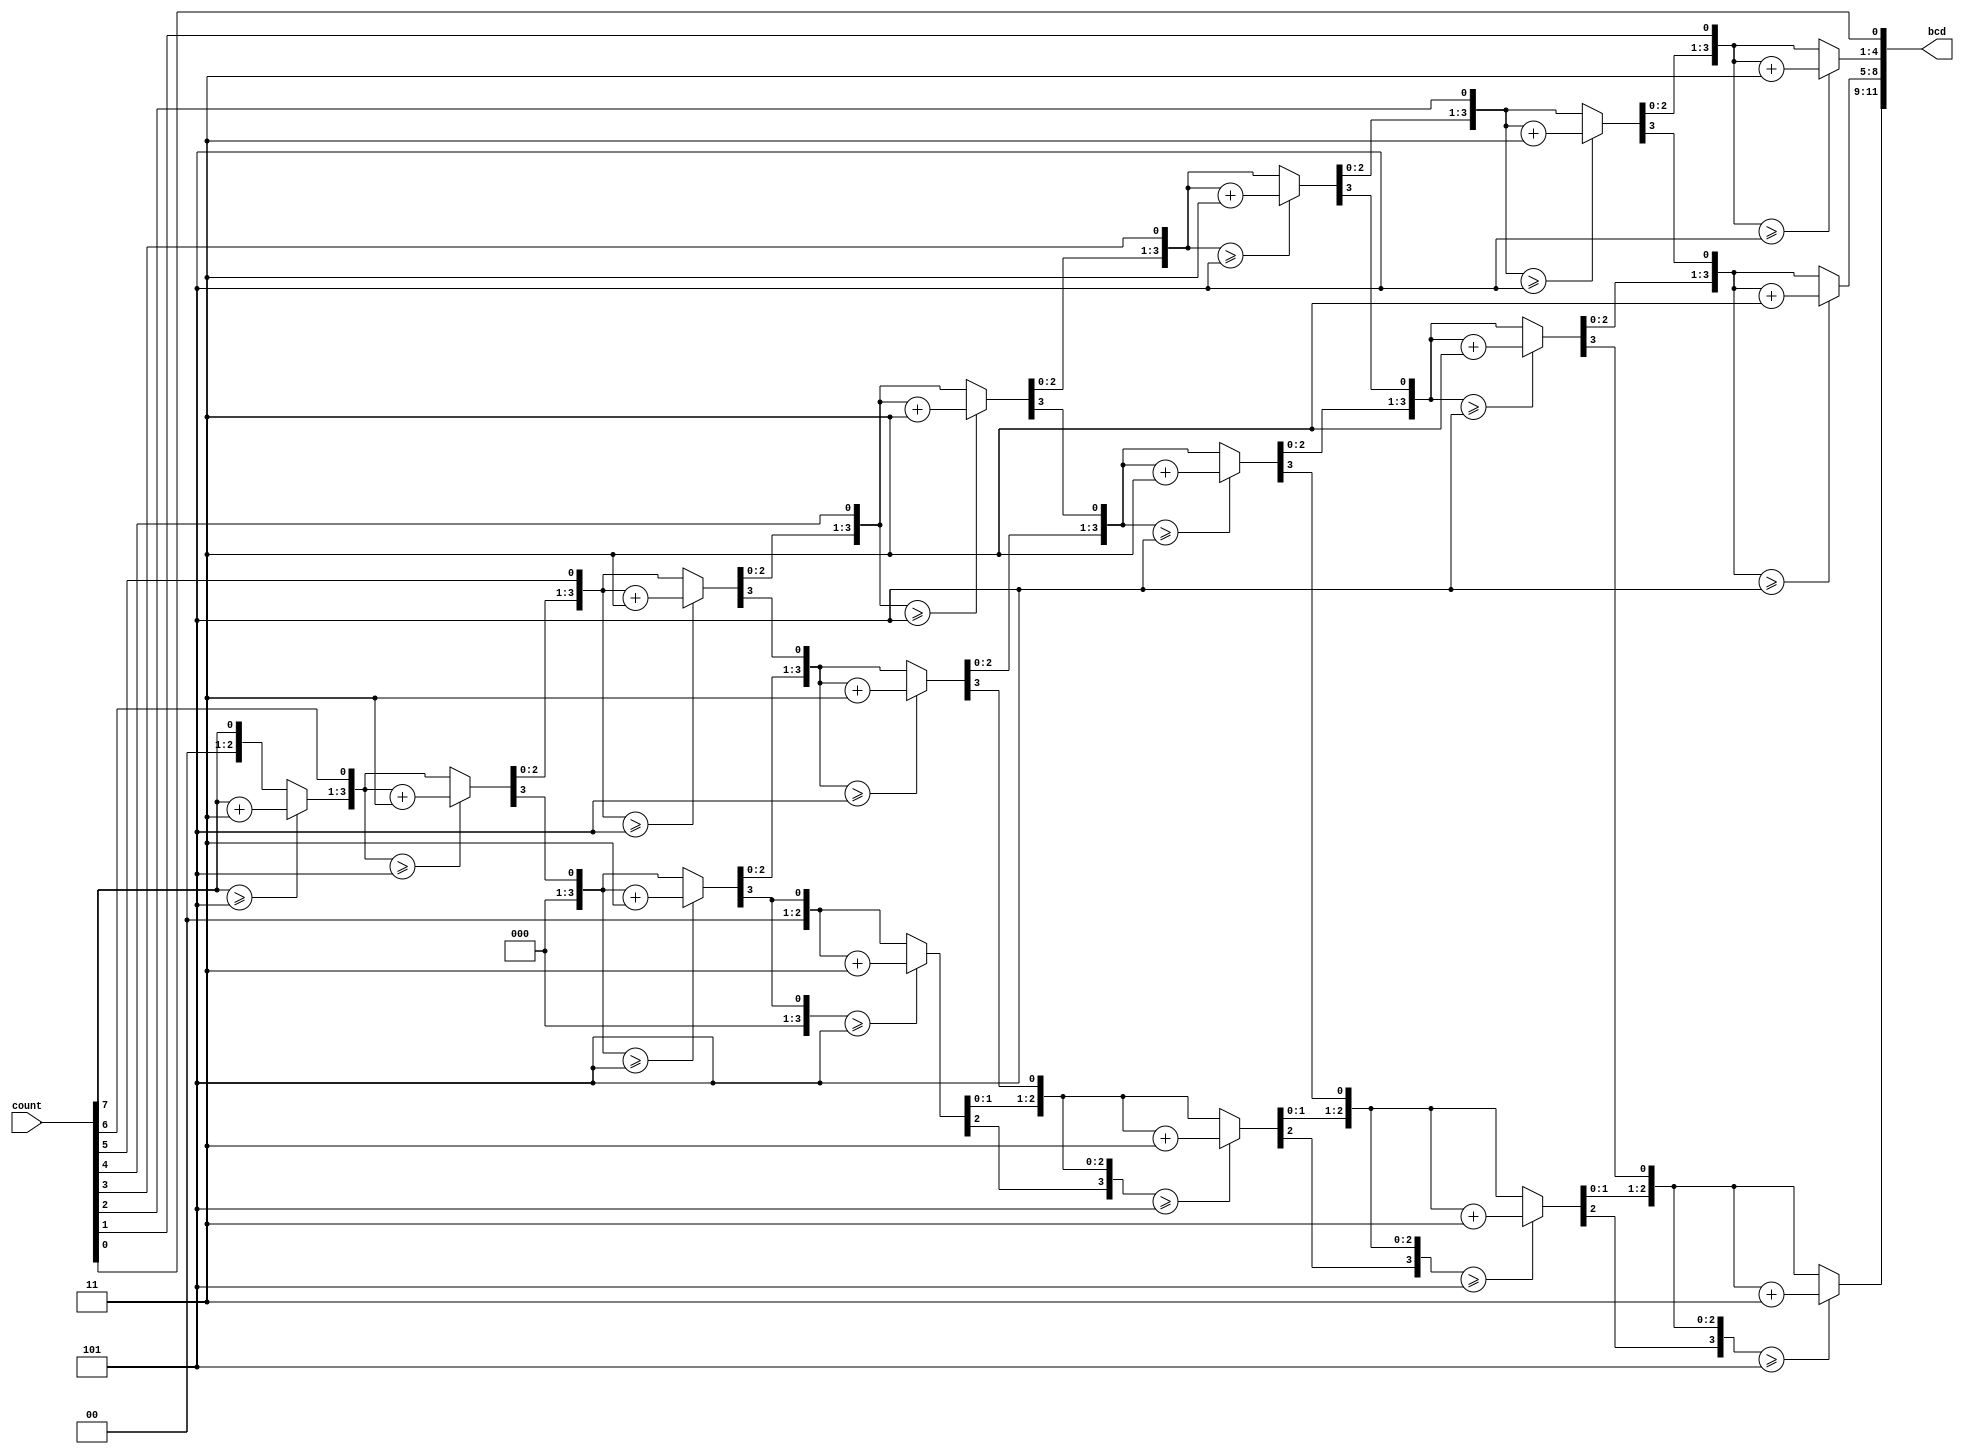
module bintobcd(
   input [7:0] count,
   output reg [11:0] bcd
   );
   
integer i;
always @(count) begin
    bcd=0;		 	
    for (i=0;i<8;i=i+1) begin					//Iterate once for each bit in input number
   if (bcd[3:0] >= 5) bcd[3:0] = bcd[3:0] + 3;		//If any BCD digit is >= 5, add three
	if (bcd[7:4] >= 5) bcd[7:4] = bcd[7:4] + 3;
	if (bcd[11:8] >= 5) bcd[11:8] = bcd[11:8] + 3;
	bcd = {bcd[10:0],count[7-i]};				//Shift one bit, and shift in proper bit from input 
    end 
end
endmodule